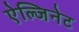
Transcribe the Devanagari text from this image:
ऐल्जिनेट